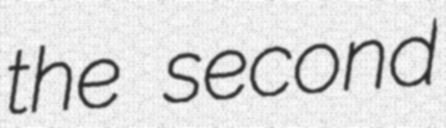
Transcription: the second